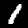
Label: 1